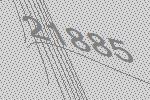
21885